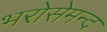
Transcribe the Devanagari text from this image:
भरोसेमन्द